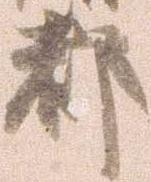
都